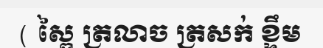
( ស្ពៃ ត្រលាច ត្រសក់ ខ្ទឹម